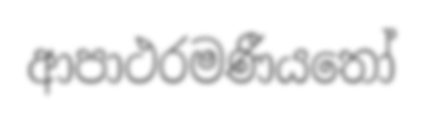
ආපාථරමණීයතෝ